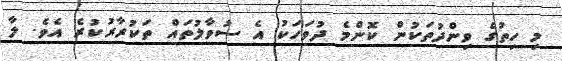
މި ހިތުގެ ވިންދުތަކުން ކޮންމެ ދުވަހަކު އެ ސުވާލުތައް ތަކުރާރުކުރެ އެވެ. ލާ